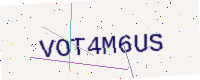
Text: VOT4M6US